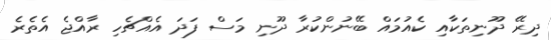
ދިރޭ ދޫނިތަކާއި ކެއުމައް ބޭނުންކުރާ ދޫނި މަސް ފަދަ އެއްޗެހި ރާއްޖެ އެތެރެ